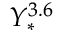
Y _ { * } ^ { 3 . 6 }